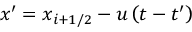
{ x } ^ { \prime } = { { x } _ { i + 1 / 2 } } - u \left( t - { t } ^ { \prime } \right)